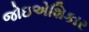
જોઇએશિકાર